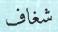
شغاف